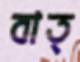
বাত্